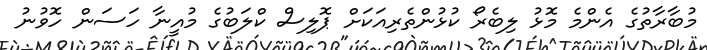
މުބާރާތުގެ އެެންމެ މޮޅު ލިބެރޯ ކުޅުންތެރިއަކަށް ޕޮލިސް ކްލަބުގެ މުއީނާ ހަސަން ހޮވުނު